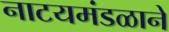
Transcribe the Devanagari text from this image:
नाटयमंडळाने